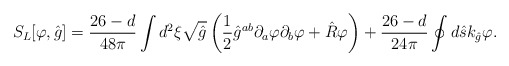
\begin{align*}{S_L}[\varphi,\hat{g}]={{26-d}\over{48\pi}}\int{d^2}\xi\sqrt{\hat{g}}\left({1\over{2}}{\hat{g}^{ab}}{\partial_a}\varphi{\partial_b}\varphi+\hat{R}\varphi\right)+{{26-d}\over{24\pi}}\oint{d}\hat{s}{k_{\hat{g}}}\varphi.\end{align*}